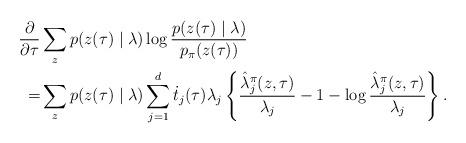
LaTeX: \begin{align*}\frac{\partial}{\partial \tau} & \sum_z p (z(\tau)\mid\lambda) \log \frac{p(z(\tau) \mid \lambda)}{p_\pi (z(\tau))} \\=& \sum_z p ( z (\tau) \mid \lambda )\sum^d_{j=1} \dot{t}_j(\tau) \lambda_j \left\{\frac{\hat{\lambda}_j^\pi(z,\tau)}{\lambda_j} - 1 -\log \frac{\hat{\lambda}^\pi_j(z,\tau)}{\lambda_j}\right\}.\end{align*}